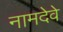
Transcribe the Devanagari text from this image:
नामदेवे